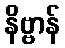
နိဗ္ဗာန်